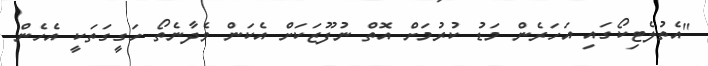
"އެތުލެޓިކޯގައި އަހަރެން މަޑު ކުރުމަށް އޮތް ނުފޫޒަކަށް އެކަން ވެދާނެތޯ ހަގީގަތަކީ އެހެން